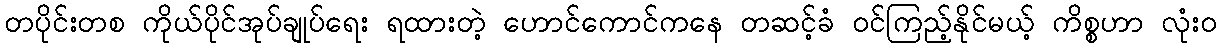
တပိုင်းတစ ကိုယ်ပိုင်အုပ်ချုပ်ရေး ရထားတဲ့ ဟောင်ကောင်ကနေ တဆင့်ခံ ဝင်ကြည့်နိုင်မယ့် ကိစ္စဟာ လုံး၀